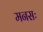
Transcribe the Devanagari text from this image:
मनसः